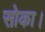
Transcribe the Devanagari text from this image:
सोका।